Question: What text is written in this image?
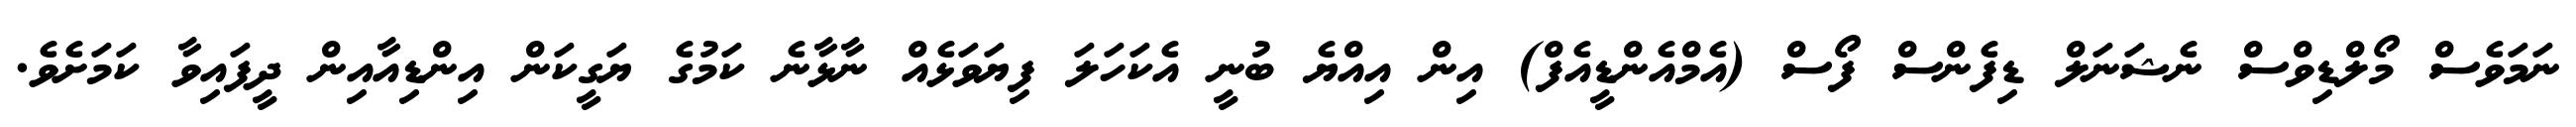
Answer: ނަމަވެސް މޯލްޑިވްސް ނެޝަނަލް ޑިފެންސް ފޯސް (އެމްއެންޑީއެފް) އިން އިއްޔެ ބުނީ އެކަހަލަ ފިޔަވަޅެއް ނާޅާނެ ކަމުގެ ޔަގީކަން އިންޑިއާއިން ދީފައިވާ ކަމަށެވެ.